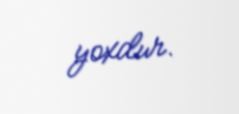
yoxdur.